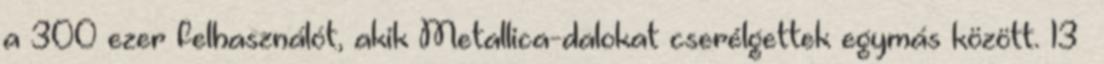
a 300 ezer felhasználót, akik Metallica-dalokat cserélgettek egymás között. 13